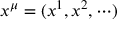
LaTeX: x ^ { \mu } = ( x ^ { 1 } , x ^ { 2 } , \cdots )